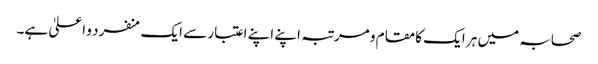
صحابہ میں ہر ایک کا مقام و مرتبہ اپنے اپنے اعتبار سے ایک منفرد و اعلیٰ ہے۔